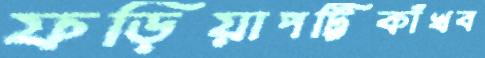
ফড়িয়াপট্টিকাঁখব